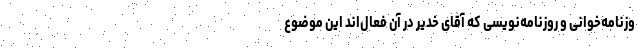
وزنامه‌خوانی و روزنامه‌نویسی که آقای خدیر در آن فعال‌اند این موضوع